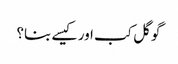
گوگل کب اور کیسے بنا؟